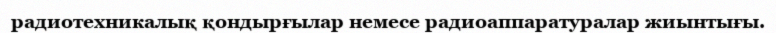
радиотехникалық қондырғылар немесе радиоаппаратуралар жиынтығы.